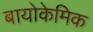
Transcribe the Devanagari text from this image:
बायोकेमिक